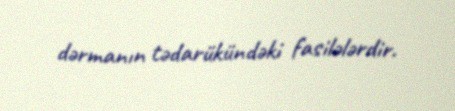
dərmanın tədarükündəki fasilələrdir.